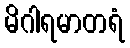
မိဂါရမာတရံ